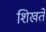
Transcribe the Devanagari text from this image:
शिखते